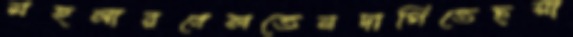
মহলারবেলতেনদাগিতেছসা